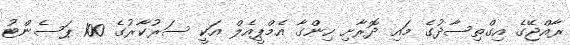
ރާއްޖޭގެ އިގްތިސާދުގެ މައި ދޮރާށި ހިންގާ އެމްޕީއެލް އަކީ ސަރުކާރުގެ 100 ޕަސެންޓު